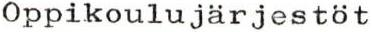
Oppikoulujärjestöt